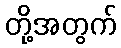
တို့အတွက်